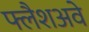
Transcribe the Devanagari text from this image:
फ्लैशअवे